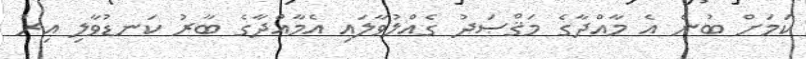
ކަމަށް ބުނެ އެ މާއްދާގެ މަޤްޞަދު ގެއްލުވާލައި އެމާއްދާގެ ބާރު ކަނޑުވާލި އިރު